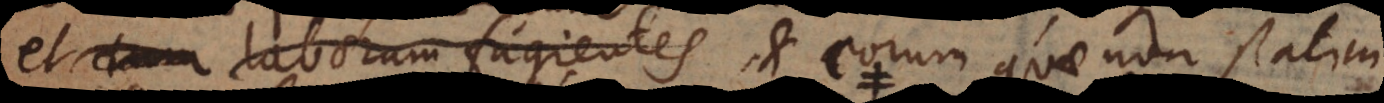
, laborum impatientes, et eorum quae non statim